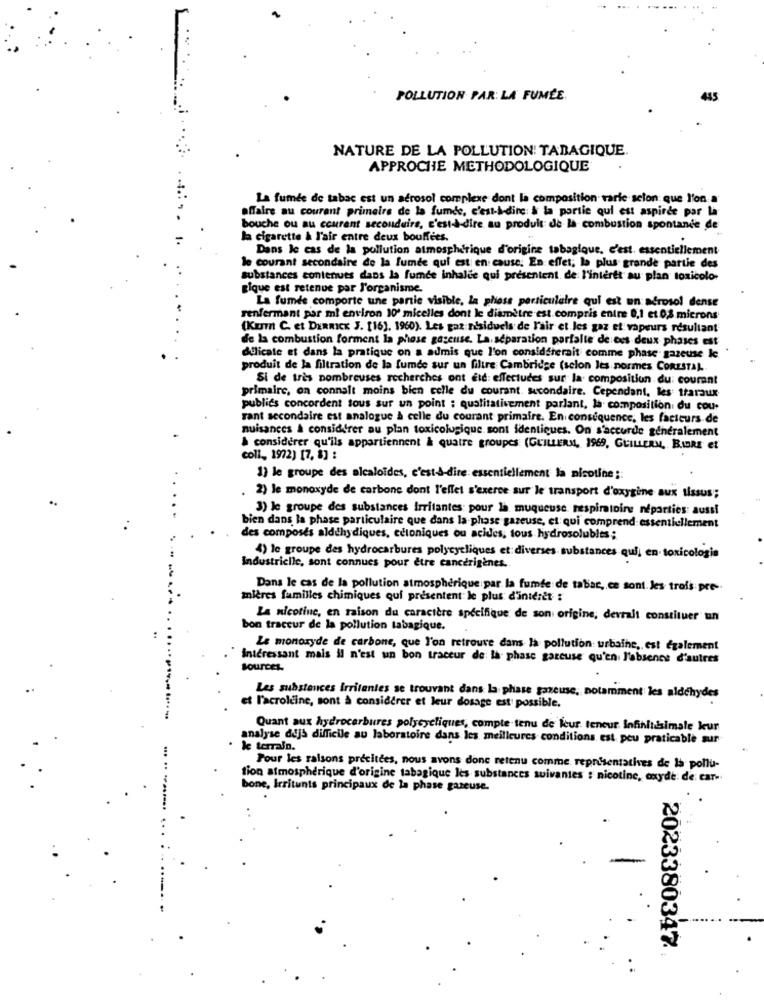
POLLUTION PAR: LA FUMÉE.
NATURE DE LA POLLUTION: TABAGIQUE.
APPROCHE METHODOLOGIQUE
La fumée de tabac est un aerosol complexe dont la composition varie selon que l'on a
affaire au courant primeira de la fumde, c'est-à-dire & la partie qui est aspirde par la
bouche ou au courant secouduirs, c'est-à-dire au produit de la combustion spontande de
la cigarette & l'air entre deux bouffées.
Dans le cas de la pollution atmosphérique d'origine tabagique, c'est. essentiellement
le courant secondaire de la fumée qui est en cause. En effet; la plus grande partie des
substances contenues dans la furde inhalte qui présentent. de l'interet au plan toxicolo-
gique est retenue par l'organisme.
La fumée comporte une partie visible, la plioss particulaire qui est un aérosol dense
renfermant par ml environ 10' micelles dont le diamètre est compris entre 0,1 et 0,3 microns
(Kur C. et DERRICK J. [16), 1960). Les gaz résiduels de l'air et les gaz et vapeurs résultant
de la combustion forment la phase gasense. La. séparation porfalte de ces deux phases est
..
delicate et dans la pratique on a admis que l'on considérerait comme phase gazeuse Ic.
produit de la filtration de la fumée sur un filtre Cambridge (selon les normes ConESTAL.
Si de très nombreuses recherches ont ete: effectudes sur la composition du: courant
primaire, on connaît moins bien celle du courant. secondaire. Cependant, les traraux
publics concordent tous sur un point : qualitativement parlant, la composition du cou-
rant secondaire est analogue à celle du courant primaire. En conséquence, les facteurs de
nuisances & considerer au plan toxicologique sont identiques. On s'accurde generalement
& considérer qu'ils appartiennent & quatre groupes (GUILLERM, 1969, GUILLERM, BIBRE et
coll, 1972) [7, 8] :
1) le groupe des alcaloïdes, c'est-à-dire essentiellement la nicotine ;:
2) le monoxyde de carbone dont l'effet s'exerce sur le transport d'oxygène aux tissus;
3) le groupe des substances irritantes pour la muqueuse respintoins neparties: aussi
bien dans la phase particulaire que dans la-phase gazeuse, et qui comprend essentiellement
des composés aldehydiques, edioniques ou acides, tous hydrosolubles;
4) le groupe des hydrocarbures polycycliques et diverses substances qui, en- toxicologia
Industrielle, sont connues pour être cancérigènes.
Dans le cas de la pollution atmosphérique par la fumée de tabac, ce sont les trois pre-
mières familles chimiques qui présentent le plus d'intéret :
La nicotine, en raison du caractère spécifique de son origine, devrait constituer un
bon traceur de la pollution tabagique.
Le monoxyde de carbone, que l'on retrouve dans la pollution urbaine, est également
Interessant mais il n'est un bon traceur de la phase gazeuse qu'en l'absence d'autres
Les substances Irritantes se trouvant dans la phase gazeuse, notamment les aldehydes
et l'acroleine, sont à considerer et leur dosage est possible.
Quant aux hydrocarbures polycycliques, compte tenu de leur. teneur infinitesimale keur
analyse dijs difficile au laboratoire dans les meilleures conditions, est peu praticable sur
le terrain.
Pour les raisons précitées, nous avons done retenu comme reprisentatives de 15 pollu-
tion atmosphérique d'origine tabagique les substances suivantes : nicotine, oxyde de car-
bone, Irritunts principaux de la phase gazeuse.
.. ........
2023380347